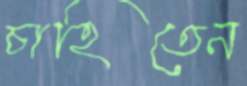
চাহিতেন